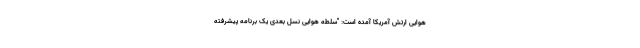
هوایی ارتش آمریکا آمده است: "سلطه هوایی نسل بعدی یک برنامه پیشرفته